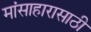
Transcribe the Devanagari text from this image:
मांसाहारासाठी